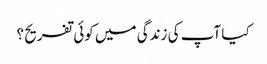
کیا آپ کی زندگی میں کوئی تفریح ؟